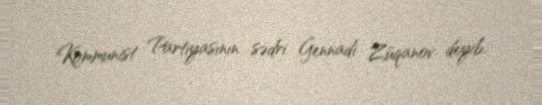
Kommunist Partiyasının sədri Gennadi Züqanov deyib.